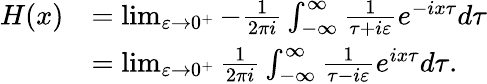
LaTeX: {\begin{array}{rl}{H(x)}&{=\operatorname*{lim}_{\varepsilon\to 0^{+}}-{\frac{1}{2\pi i}}\int_{-\infty}^{\infty}{\frac{1}{\tau+i\varepsilon}}e^{-ix\tau}d\tau}\\ &{=\operatorname*{lim}_{\varepsilon\to 0^{+}}{\frac{1}{2\pi i}}\int_{-\infty}^{\infty}{\frac{1}{\tau-i\varepsilon}}e^{ix\tau}d\tau.}\end{array}}